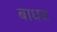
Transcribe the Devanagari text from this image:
बाधव